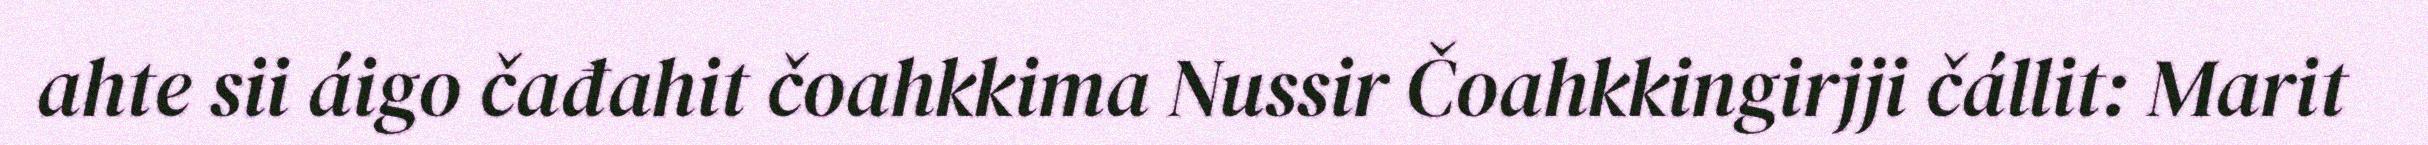
ahte sii áigo čađahit čoahkkima Nussir Čoahkkingirjji čállit: Marit